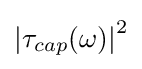
\left|\tau _{cap}(\omega )\right|^{2}